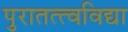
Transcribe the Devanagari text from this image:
पुरातत्त्वविद्या